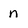
Character: n